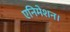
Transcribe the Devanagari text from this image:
एनिमेशन।